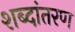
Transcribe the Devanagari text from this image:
शब्दांतरण